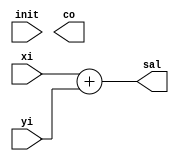
`timescale 1ns / 1ps

module sum4b(init, xi, yi,co,sal);

  input init;
  input [3 :0] xi;
  input [3 :0] yi;
  output co;
  output [3 :0] sal;
  
  
  wire [4:0] st;
  assign sal= st[3:0];
  assign Cout = st[4];

  assign st  = 	xi+yi;

endmodule